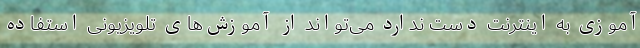
آموزی به اینترنت دست ندارد می‌تواند از آموزش‌های تلویزیونی استفاده